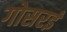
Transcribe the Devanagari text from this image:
गोसरई